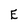
Character: E